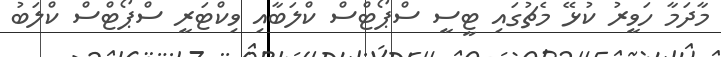
މާދަމާ ހަވީރު ކުޅޭ މެޗުގައި ޓީސީ ސްޕޯޓްސް ކްލަބާއި ވިކްޓަރީ ސްޕޯޓްސް ކްލަބު